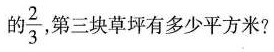
的 \frac{2}{3}第三块草坪有多少平方米?